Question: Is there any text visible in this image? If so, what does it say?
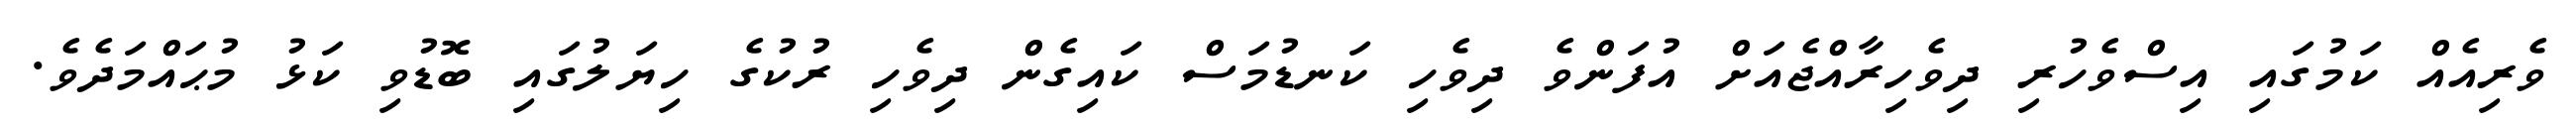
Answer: ވެރިއެއް ކަމުގައި އިސްވެހުރި ދިވެހިރާއްޖެއަށް އުފަންވެ ދިވެހި ކަނޑުމަސް ކައިގެން ދިވެހި ރުކުގެ ހިޔަލުގައި ބޮޑުވި ކަޅު މުޙައްމަދެވެ.